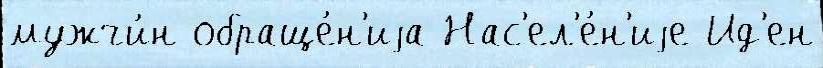
мужчи́н обраще́н'иjа Нас'ел'е́н'иjе Ид'ен